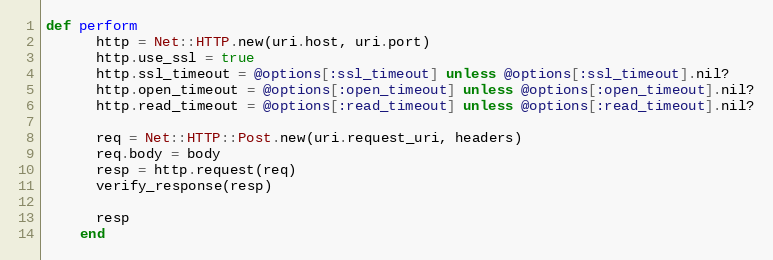
Language: Ruby
def perform
      http = Net::HTTP.new(uri.host, uri.port)
      http.use_ssl = true
      http.ssl_timeout = @options[:ssl_timeout] unless @options[:ssl_timeout].nil?
      http.open_timeout = @options[:open_timeout] unless @options[:open_timeout].nil?
      http.read_timeout = @options[:read_timeout] unless @options[:read_timeout].nil?

      req = Net::HTTP::Post.new(uri.request_uri, headers)
      req.body = body
      resp = http.request(req)
      verify_response(resp)

      resp
    end